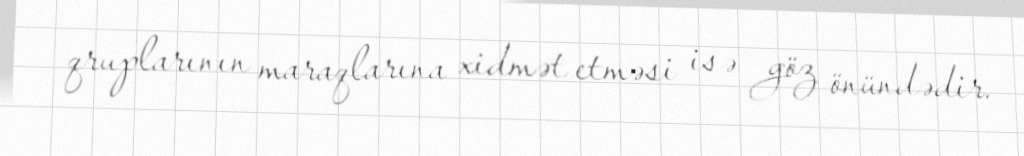
qruplarının maraqlarına xidmət etməsi isə göz önündədir.